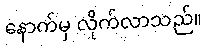
နောက်မှ လိုက်လာသည်။